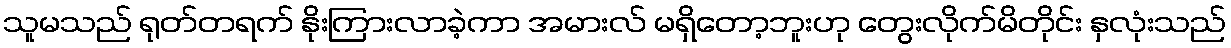
သူမသည် ရုတ်တရက် နိုးကြားလာခဲ့ကာ အမားလ် မရှိတော့ဘူးဟု တွေးလိုက်မိတိုင်း နှလုံးသည်